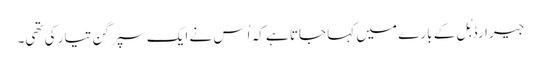
جیرارڈ بُل کے بارے میں کہا جاتا ہے کہ اُس نے ایک سپر گن تیار کی تھی۔